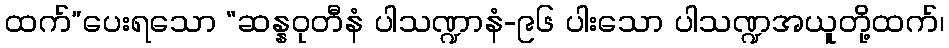
ထက်”ပေးရသော “ဆန္နဝုတီနံ ပါသဏ္ဍာနံ-၉၆ ပါးသော ပါသဏ္ဍအယူတို့ထက်၊